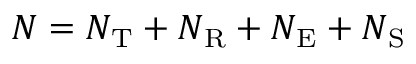
N = N _ { \mathrm { T } } + N _ { \mathrm { R } } + N _ { \mathrm { E } } + N _ { \mathrm { S } }